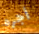
أجره